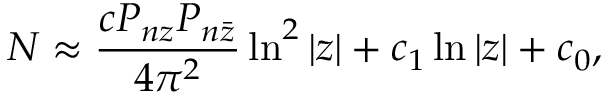
N \approx \frac { c P _ { n z } P _ { n \bar { z } } } { 4 \pi ^ { 2 } } \ln ^ { 2 } | z | + c _ { 1 } \ln | z | + c _ { 0 } ,